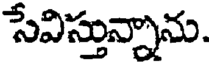
సేవిస్తున్నాను.